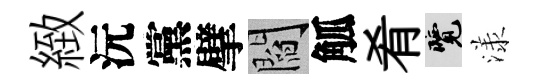
緻沅黨擘閻觚肴覽漾